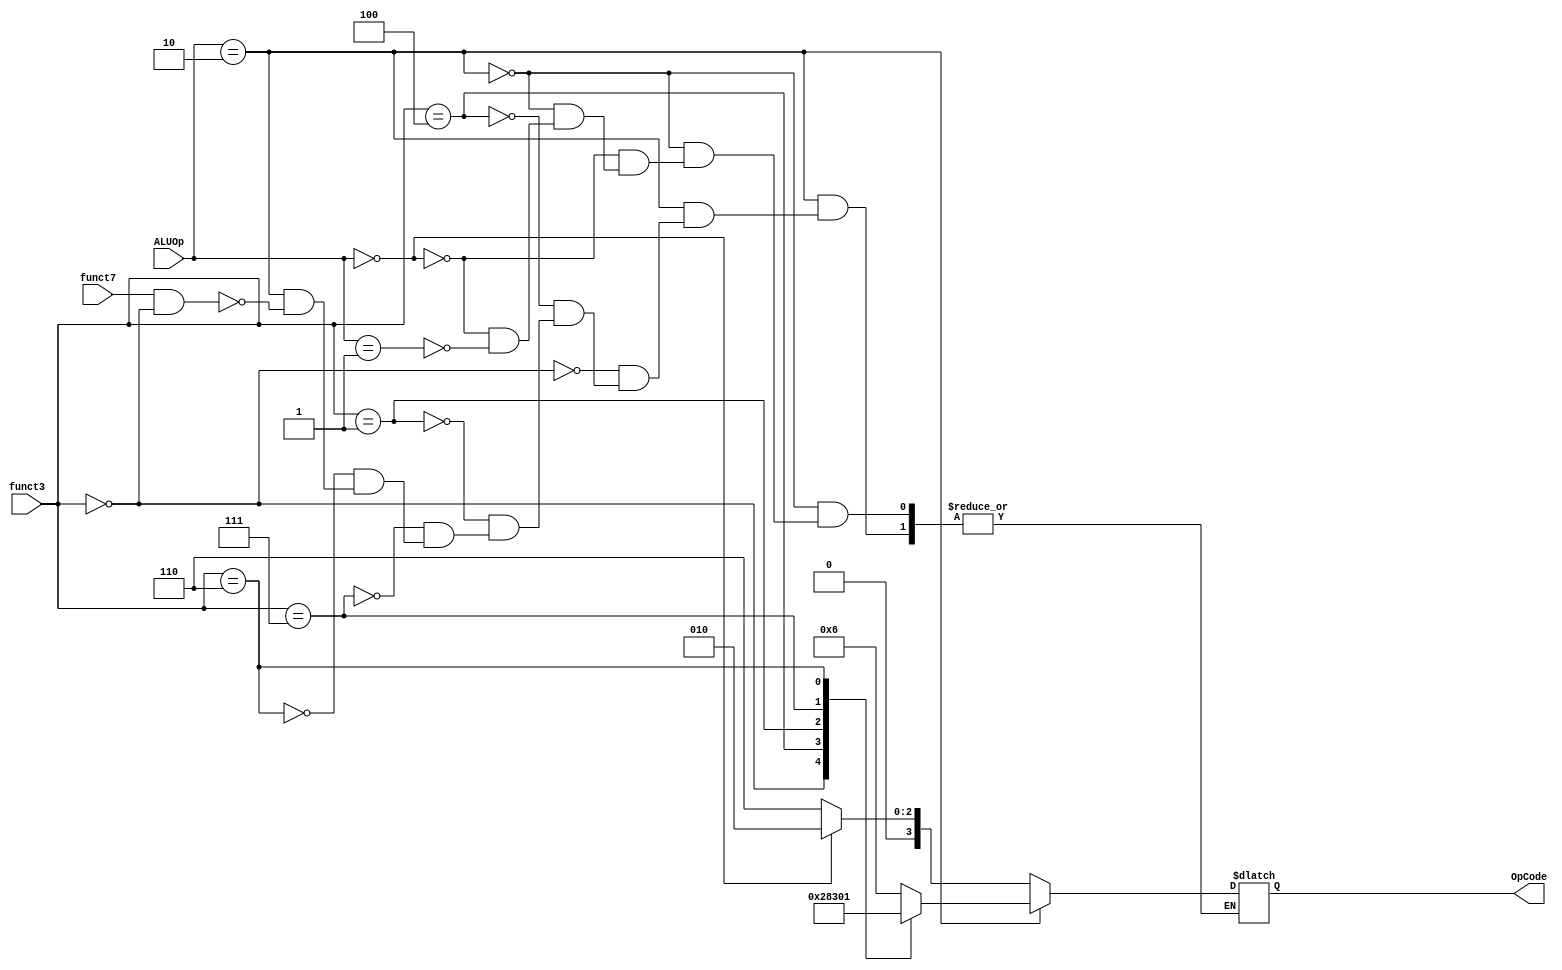
module ALUControl(
    output reg [3:0] OpCode,
    input[1:0] ALUOp,
    input[2:0] funct3,
    input funct7
);

always @(ALUOp) begin
    if(ALUOp == 'b10)begin
        if( (funct7) && (funct3 == 'b000) )begin
            OpCode = 'b0110;                        //sub
        end
        case(funct3)
            3'b000   : OpCode = 4'b0010;              //add
            3'b100   : OpCode = 4'b1000;               //mul
            3'b001   : OpCode = 4'b0011;               //div
            3'b111   : OpCode = 4'b0000;              //and
            3'b110   : OpCode = 4'b0001;              //or
        endcase
    end else if(ALUOp == 2'b00)begin
        OpCode = 3'b0010;                              //lw, sw
    end else if(ALUOp == 'b01)begin
        OpCode = 3'b0110;                            //beq
    end

end

endmodule